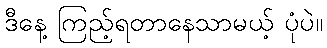
ဒီနေ့ ကြည့်ရတာနေသာမယ့် ပုံပဲ။